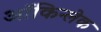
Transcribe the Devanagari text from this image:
ऑकिन्लेक